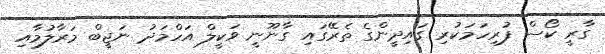
ގާރީ ކޯސް ފުރިހަމަކުރި ގައިދީންގެ ތެރޭގައި ގާނޫނީ ވަކީލް އަހްމަދު ނަޖީބް މަރާލުމާއި